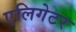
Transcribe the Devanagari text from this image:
एलिगेटर